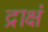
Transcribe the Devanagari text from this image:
द्राक्षं